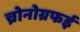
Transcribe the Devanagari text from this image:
च्रोनोग्रफई